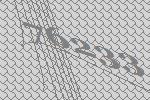
76233